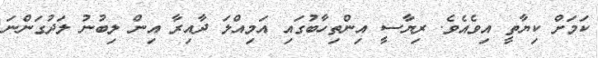
ކަމަށް ކިޔާތީ އިވެއެވެ. ރިޔާސީ އިންތިހާބުގައި އަމިއްލަ ދާއިރާ އިން ލިބުނު ލަދުގަންނަ